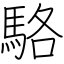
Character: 駱